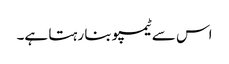
اس سے ٹیمپو بنا رہتا ہے۔